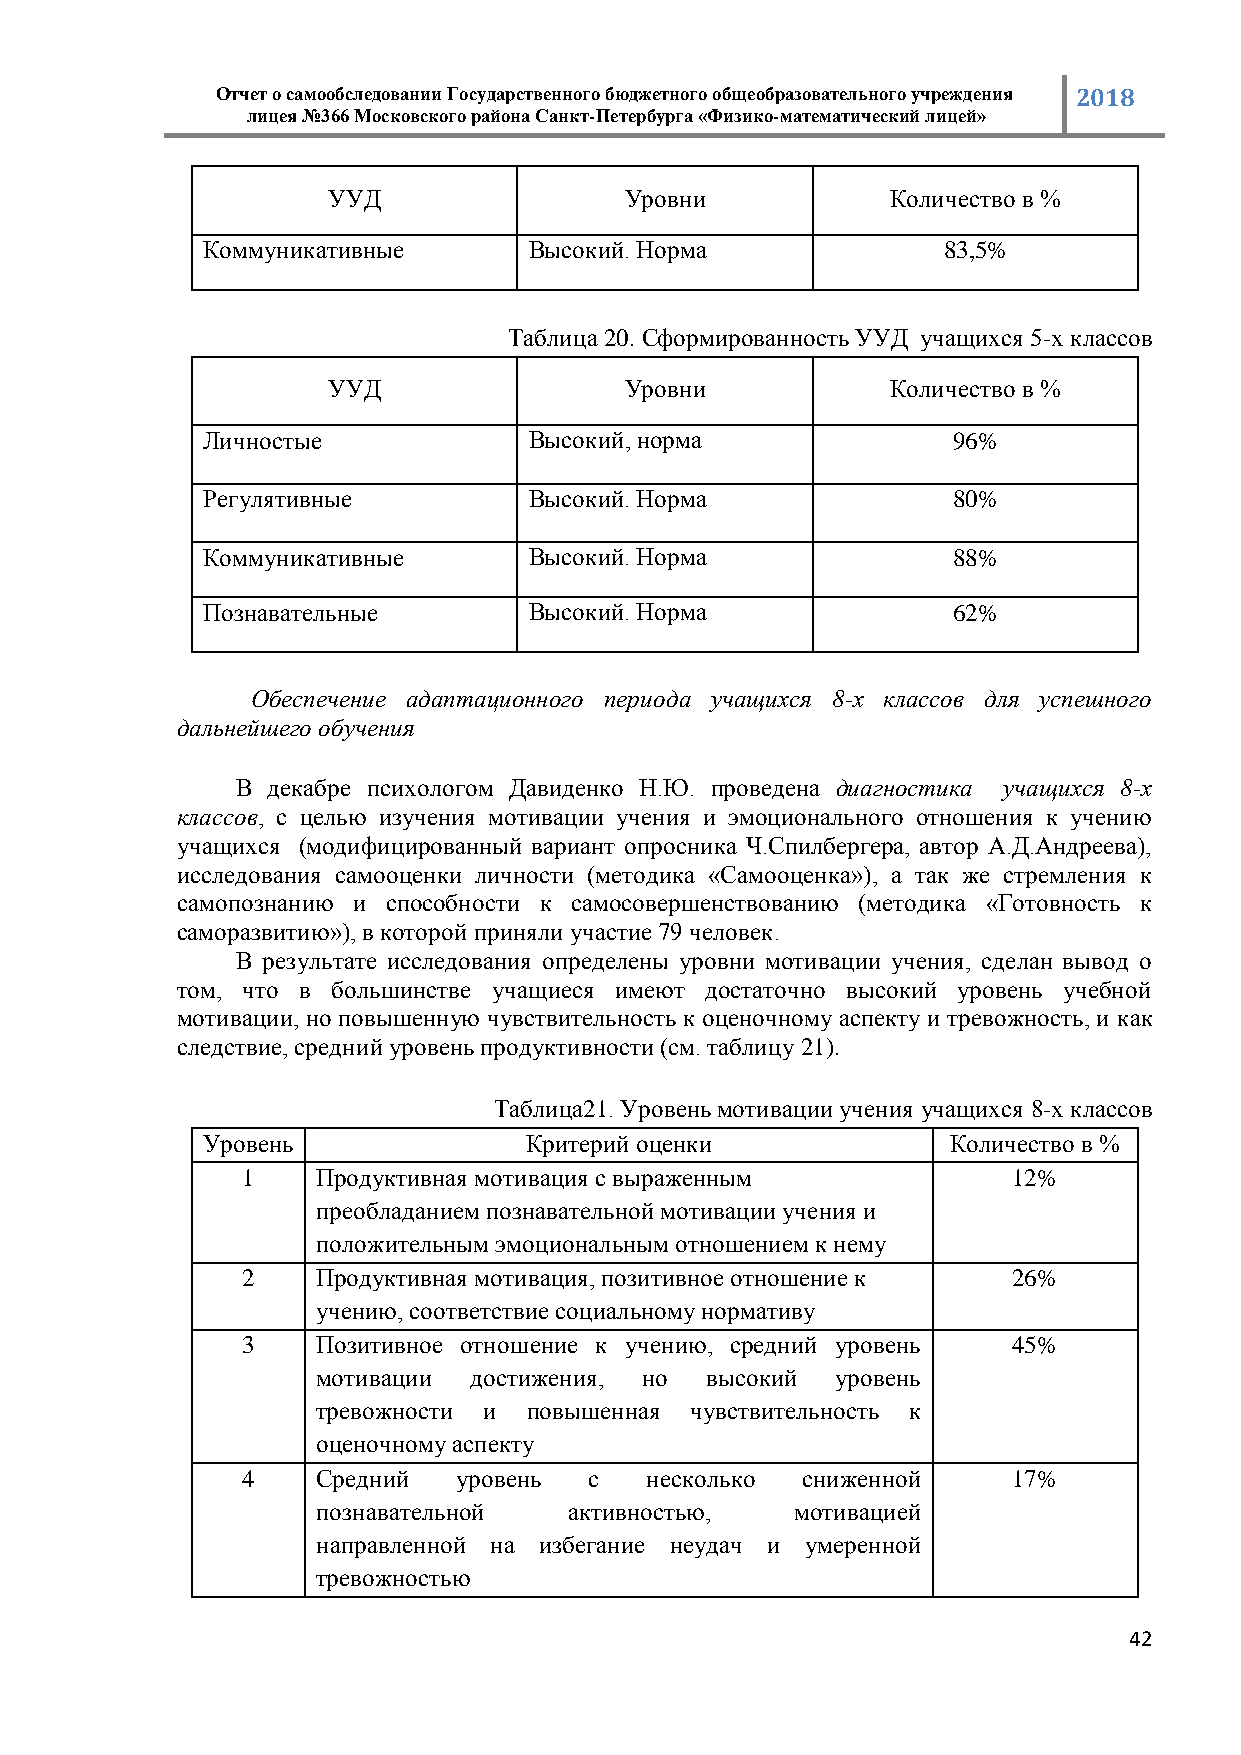
Отчет о самообследовании Государственного бюджетного общеобразовательного учреждения 2018
 лицея №366 Московского района Санкт-Петербурга «Физико-математический лицей»
 УУД                Уровни            Количество в %
 Коммуникативные       Высокий. Норма             83,5%
 Таблица 20. Сформированность УУД учащихся 5-х классов
 УУД                Уровни            Количество в %
 Личностые             Высокий, норма              96%
 Регулятивные          Высокий. Норма              80%
 Коммуникативные       Высокий. Норма              88%
 Познавательные        Высокий. Норма              62%
 Обеспечение адаптационного периода учащихся 8-х классов для успешного
 дальнейшего обучения
 В декабре психологом Давиденко Н.Ю. проведена диагностика учащихся 8-х
 классов, с целью изучения мотивации учения и эмоционального отношения к учению
 учащихся (модифицированный вариант опросника Ч.Спилбергера, автор А.Д.Андреева),
 исследования самооценки личности (методика «Самооценка»), а так же стремления к
 самопознанию и способности к самосовершенствованию (методика «Готовность к
 саморазвитию»), в которой приняли участие 79 человек.
 В результате исследования определены уровни мотивации учения, сделан вывод о
 том, что в большинстве учащиеся имеют достаточно высокий уровень учебной
 мотивации, но повышенную чувствительность к оценочному аспекту и тревожность, и как
 следствие, средний уровень продуктивности (см. таблицу 21).
 Таблица21. Уровень мотивации учения учащихся 8-х классов
 Уровень               Критерий оценки             Количество в %
 1    Продуктивная мотивация с выраженным           12%
 преобладанием познавательной мотивации учения и
 положительным эмоциональным отношением к нему
 2    Продуктивная мотивация, позитивное отношение к 26%
 учению, соответствие социальному нормативу
 3    Позитивное отношение к учению, средний уровень 45%
 мотивации достижения, но  высокий уровень
 тревожности и повышенная чувствительность к
 оценочному аспекту
 4    Средний  уровень  с   несколько сниженной     17%
 познавательной   активностью,   мотивацией
 направленной на избегание неудач и умеренной
 тревожностью
 42